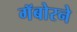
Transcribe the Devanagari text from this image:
गॅबोरने